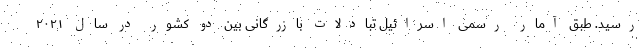
رسید. طبق آمار رسمی اسرائیل تبادلات بازرگانی بین دو کشور در سال ۲۰۲۱